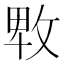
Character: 𢽛